Annual returns of the Patna Lunatic Asylum at Bankipore in Bihar and Orissa - 1912-1924
Year: 1912
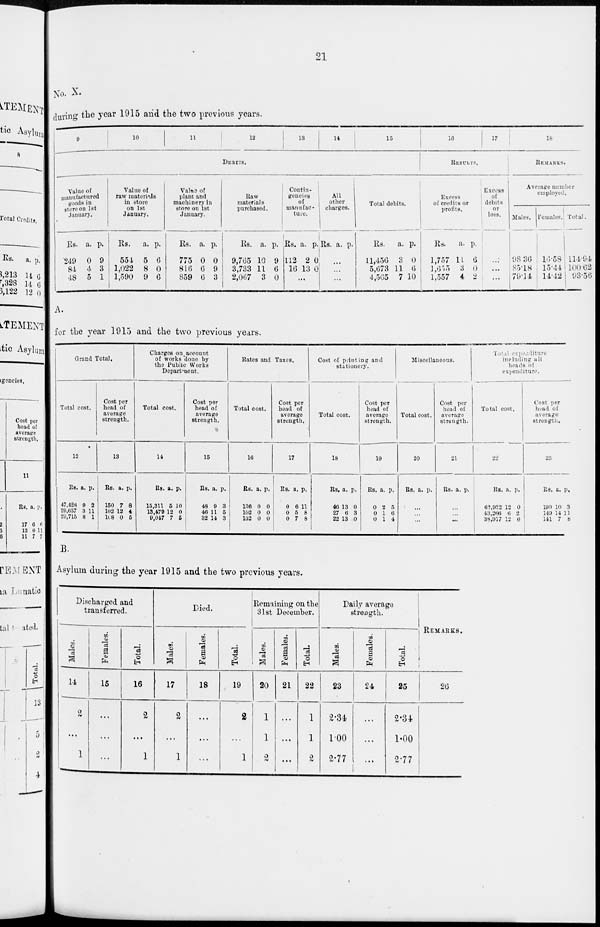
21
No. X.
during the year 1915 and the two previous years.
9
10
11
12
13
14
15
DEBITS.
Value of
manufactured
goods in
store on 1st
January.
Rs.
249
84
48
a.
0
4
5
p.
9
3
1
Value of
raw materials
in store
on 1st
January.
Rs.
554
1,022
1,590
a.
5
8
9
p.
6
0
6
Value of
plant and
machinery in
store on 1st
January.
Rs.
775
816
859
a.
0
6
6
p.
0
9
3
Raw
materials
purchased.
Rs.
9,765
3,733
2,067
a.
10
11
3
p.
9
6
0
Contin-
gencies
of
manufac-
ture.
Rs.
112
16
a.
2
13
p.
0
0
...
All
other
charges.
Rs. a. p.
...
...
...
Total debits.
Rs.
11,456
5,673
4,565
a.
3
11
7
p.
0
6
10
16
17
RESULTS.
Excess
of credits or
profits.
Rs.
1,757
1,655
1,557
a.
11
3
4
p.
6
0
2
Excess
of
debits
or
loss.
...
...
...
18
REMARKS.
Average number
employed.
Males.
98.36
85.18
79.14
Females
16.58
15.44
14.42
Total.
114.94
100.62
93.56
A.
for the year 1915 and the two previous years.
Grand Total.
Total cost.
12
RS.
47,428
29,657
29,715
a.
9
3
8
p.
2
11
1
Cost per
head of
average
strength.
13
Rs.
150
102
108
a.
7
12
0
p.
8
4
5
Charges on account
of works done by
the Public Works
Department.
Total cost.
14
Rs.
15,311
13,470
9,047
a.
5
12
7
p.
10
0
5
Cost per
head of
average
strength.
15
Rs.
48
46
32
a.
9
11
14
p.
3
5
3
Rates and Taxes.
Total cost.
10
Rs.
136
102
132
a.
0
0
0
p.
0
0
0
Cost per
head of
average
strength.
17
Rs.
0
0
0
a.
6
5
7
p.
11
8
8
Cost of printing and
stationery.
Total cost.
18
Rs.
46
27
22
a.
13
6
13
p.
0
3
0
Cost per
head of
average
strength.
19
Rs.
0
0
0
a.
2
1
1
p.
5
6
4
Miscellaneous.
Total cost.
20
Rs a. p.
...
...
...
Cost per
head of
average
strength.
21
Rs. a. p.
...
...
...
expenditure
including all
heads of
expenditure.
Total
cost.
22
Rs.
62,922
43,266
38,917
a.
12
6
12
p.
0
2
6
Cost per
head of
average
strength.
23
Rs.
199
149
141
a.
10
14
7
p.
3
11
8
B.
Asylum during the year 1915 and the two previous years.
Discharged and
transferred.
Males.
14
2
...
1
Females.
15
...
...
...
Total.
16
2
...
1
Died.
Males.
17
2
...
1
Females.
18
...
...
...
Total.
19
2
...
1
Remaining on the
31st December.
Males.
20
1
1
2
Females.
21
...
...
...
Total.
22
1
1
2
Daily average
strength.
Males.
23
2.34
1.00
2.77
Females.
24
...
...
...
Total.
25
2.34.
1.00
2.77
REMARKS.
26